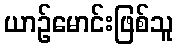
ယာဉ်မောင်းဖြစ်သူ